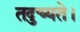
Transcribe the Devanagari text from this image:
तदुच्यते।